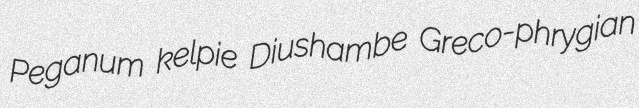
Peganum kelpie Diushambe Greco-phrygian